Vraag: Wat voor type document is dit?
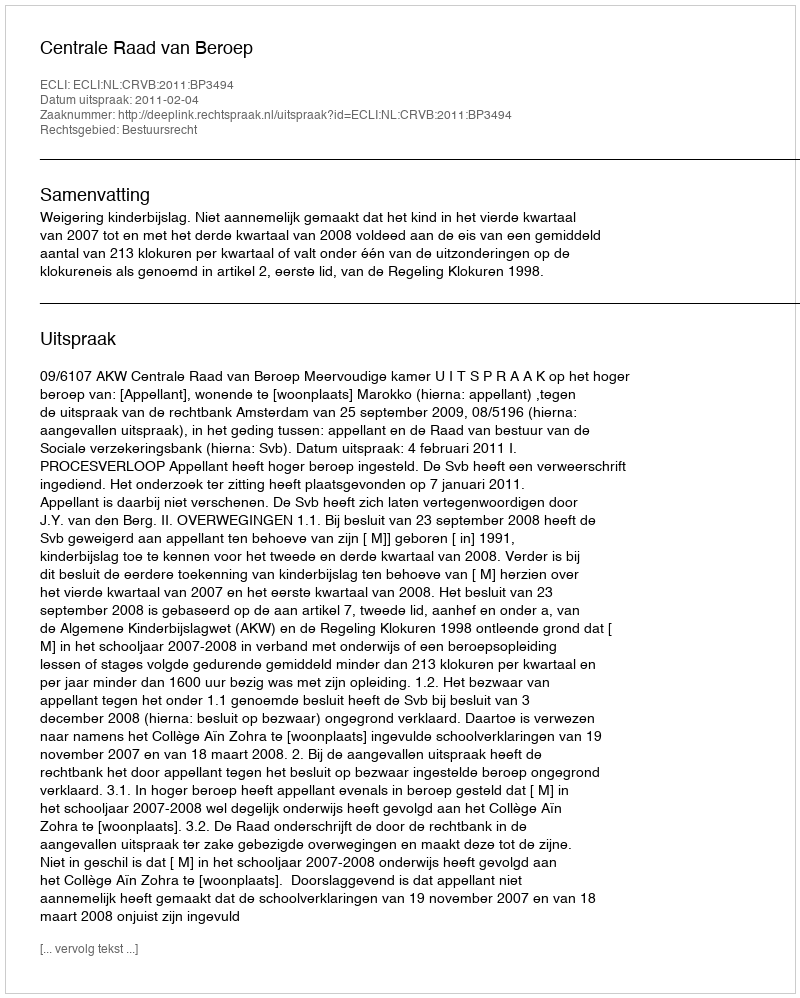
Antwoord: Uitspraak